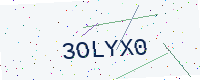
Text: 3OLYX0